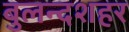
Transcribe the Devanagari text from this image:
बुलन्‍दशहर